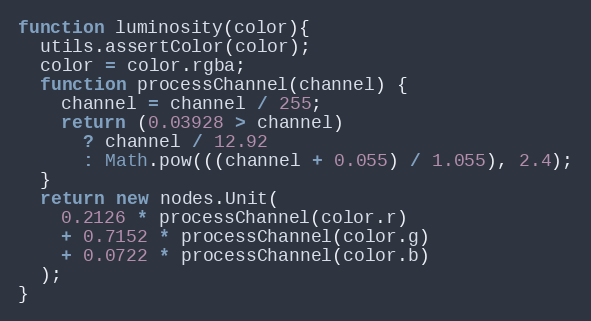
Language: JavaScript
function luminosity(color){
  utils.assertColor(color);
  color = color.rgba;
  function processChannel(channel) {
    channel = channel / 255;
    return (0.03928 > channel)
      ? channel / 12.92
      : Math.pow(((channel + 0.055) / 1.055), 2.4);
  }
  return new nodes.Unit(
    0.2126 * processChannel(color.r)
    + 0.7152 * processChannel(color.g)
    + 0.0722 * processChannel(color.b)
  );
}